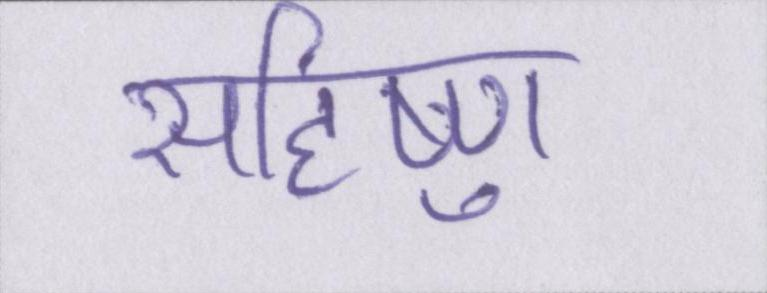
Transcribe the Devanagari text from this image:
सहिष्णु